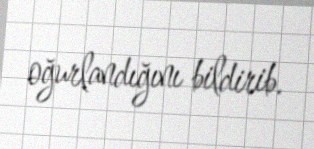
oğurlandığını bildirib.